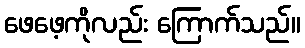
ဖေဖေ့ကိုလည်း ကြောက်သည်။